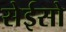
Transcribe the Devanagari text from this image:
सेईसो